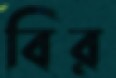
বির